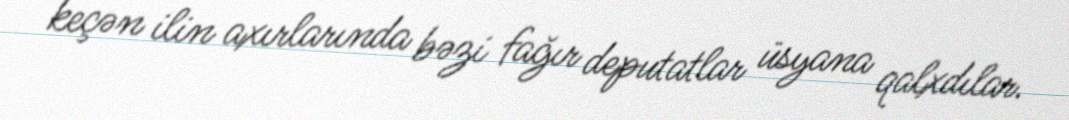
keçən ilin axırlarında bəzi fağır deputatlar üsyana qalxdılar.